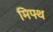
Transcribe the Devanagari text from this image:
मिफ्थ